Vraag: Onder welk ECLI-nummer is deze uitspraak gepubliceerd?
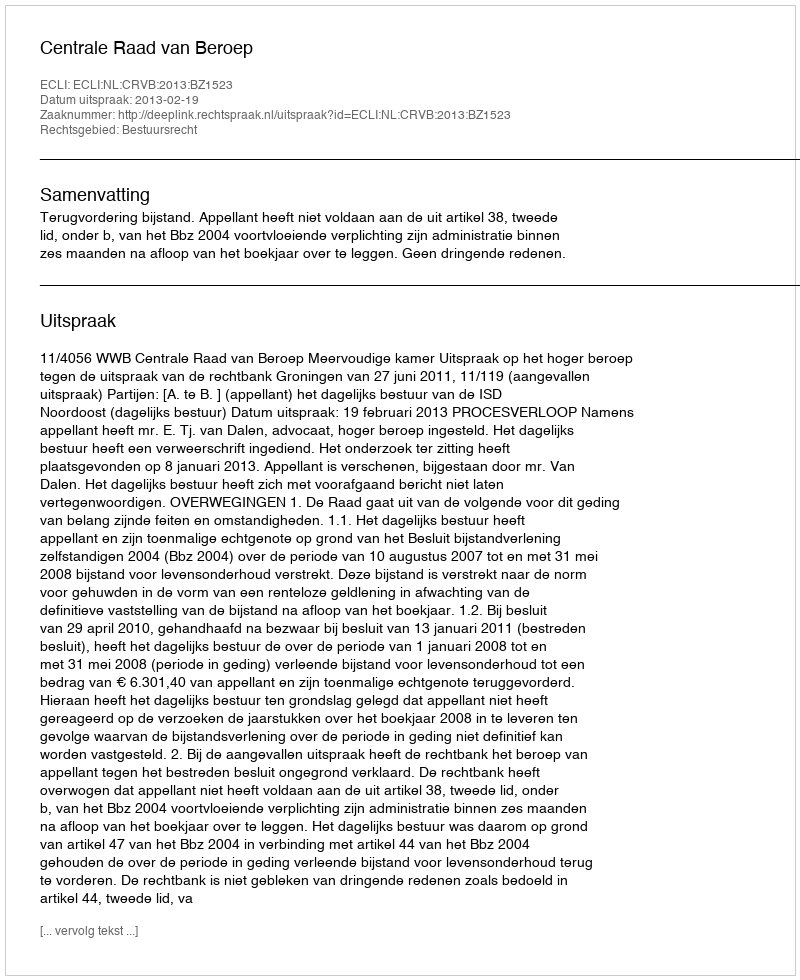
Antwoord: ECLI:NL:CRVB:2013:BZ1523